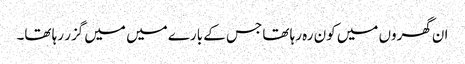
ان گھروں میں کون رہ رہا تھا جس کے بارے میں میں گزر رہا تھا۔